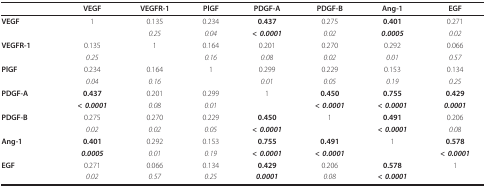
<table><thead><tr><td></td><td><b>VEGF</b></td><td><b>VEGFR-1</b></td><td><b>PlGF</b></td><td><b>PDGF-A</b></td><td><b>PDGF-B</b></td><td><b>Ang-1</b></td><td><b>EGF</b></td></tr></thead><tbody><tr><td><b>VEGF</b></td><td>1</td><td>0.135</td><td>0.234</td><td><b>0.437</b></td><td>0.275</td><td><b>0.401</b></td><td>0.271</td></tr><tr><td></td><td></td><td><i>0.25</i></td><td><i>0.04</i></td><td><b><i>&lt; 0.0001</i></b></td><td><i>0.02</i></td><td><b><i>0.0005</i></b></td><td><i>0.02</i></td></tr><tr><td><b>VEGFR-1</b></td><td>0.135</td><td>1</td><td>0.164</td><td>0.201</td><td>0.270</td><td>0.292</td><td>0.066</td></tr><tr><td></td><td><i>0.25</i></td><td></td><td><i>0.16</i></td><td><i>0.08</i></td><td><i>0.02</i></td><td><i>0.01</i></td><td><i>0.57</i></td></tr><tr><td><b>PlGF</b></td><td>0.234</td><td>0.164</td><td>1</td><td>0.299</td><td>0.229</td><td>0.153</td><td>0.134</td></tr><tr><td></td><td><i>0.04</i></td><td><i>0.16</i></td><td></td><td><i>0.01</i></td><td><i>0.05</i></td><td><i>0.19</i></td><td><i>0.25</i></td></tr><tr><td><b>PDGF-A</b></td><td><b>0.437</b></td><td>0.201</td><td>0.299</td><td>1</td><td><b>0.450</b></td><td><b>0.755</b></td><td><b>0.429</b></td></tr><tr><td></td><td><b><i>&lt; 0.0001</i></b></td><td><i>0.08</i></td><td><i>0.01</i></td><td></td><td><b><i>&lt; 0.0001</i></b></td><td><b><i>&lt; 0.0001</i></b></td><td><b><i>0.0001</i></b></td></tr><tr><td><b>PDGF-B</b></td><td>0.275</td><td>0.270</td><td>0.229</td><td><b>0.450</b></td><td>1</td><td><b>0.491</b></td><td>0.206</td></tr><tr><td></td><td><i>0.02</i></td><td><i>0.02</i></td><td><i>0.05</i></td><td><b><i>&lt; 0.0001</i></b></td><td></td><td><b><i>&lt; 0.0001</i></b></td><td><i>0.08</i></td></tr><tr><td><b>Ang-1</b></td><td><b>0.401</b></td><td>0.292</td><td>0.153</td><td><b>0.755</b></td><td><b>0.491</b></td><td>1</td><td><b>0.578</b></td></tr><tr><td></td><td><b><i>0.0005</i></b></td><td><i>0.01</i></td><td><i>0.19</i></td><td><b><i>&lt; 0.0001</i></b></td><td><b><i>&lt; 0.0001</i></b></td><td></td><td><b><i>&lt; 0.0001</i></b></td></tr><tr><td><b>EGF</b></td><td>0.271</td><td>0.066</td><td>0.134</td><td><b>0.429</b></td><td>0.206</td><td><b>0.578</b></td><td>1</td></tr><tr><td></td><td><i>0.02</i></td><td><i>0.57</i></td><td><i>0.25</i></td><td><b><i>0.0001</i></b></td><td><i>0.08</i></td><td><b><i>&lt; 0.0001</i></b></td><td></td></tr></tbody></table>